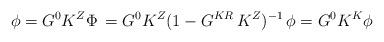
LaTeX: \begin{align*}\phi=G^0K^Z\Phi\,=G^0K^Z(1-G^{KR}\,K^Z)^{-1}\,\phi=G^0K^K\phi\end{align*}